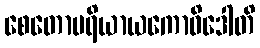
စေတောပရိယာယကောဝိဒေါတိ